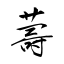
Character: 薵